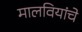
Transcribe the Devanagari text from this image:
मालवियांचे